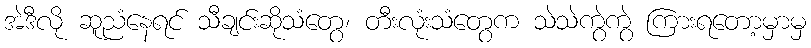
အဲဒီလို ဆူညံနေရင် သီချင်းဆိုသံတွေ၊ တီးလုံးသံတွေက သဲသဲကွဲကွဲ ကြားရတော့မှာမှ